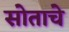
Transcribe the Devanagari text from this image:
सोताचे